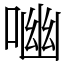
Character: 㗀